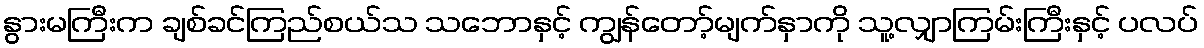
နွားမကြီးက ချစ်ခင်ကြည်စယ်သ သဘောနှင့် ကျွန်တော့်မျက်နှာကို သူ့လျှာကြမ်းကြီးနှင့် ပလပ်